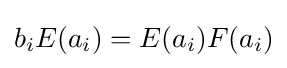
b_{i}E(a_{i})=E(a_{i})F(a_{i})